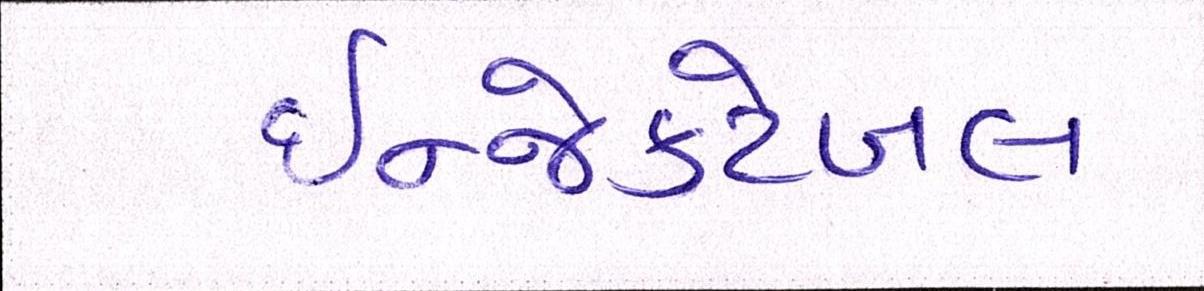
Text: ઇન્જેક્ટેબલ